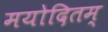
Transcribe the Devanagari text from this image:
मयोदितम्